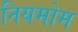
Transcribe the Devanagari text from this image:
नियमोम